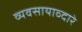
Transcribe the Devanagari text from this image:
व्यवसायाव्दारे